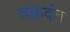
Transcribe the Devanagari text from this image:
वक्रदंत